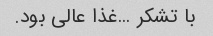
با تشکر …غذا عالی بود.